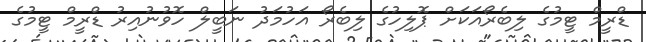
ޑްރީމް ޓީމުގެ ލިބެރޯއަކަށް ޕޮލިހުގެ ލިބެރޯ އަހުމަދު ނަބީލް ހޮވުނުއިރު ޑްރީމް ޓީމުގެ